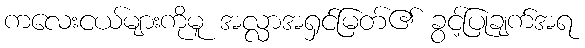
ကလေးငယ်များကိုမူ အလ္လာအရှင်မြတ်၏ ခွင့်ပြုချက်အရ